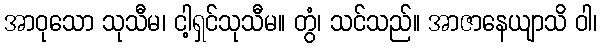
အာဝုသော သုသီမ၊ ငါ့ရှင်သုသီမ။ တွံ၊ သင်သည်။ အာဇာနေယျာသိ ဝါ၊